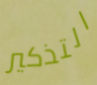
التذكير